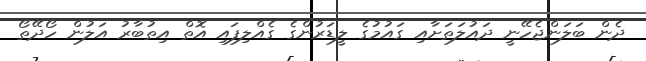
ދެން ބަލަންޖެހޭނީ ދައުލަތަށާއި ގައުމުގެ ލީޑަރުންގެ ގެއްލިފައި އޮތް އިތުބާރު އަލުން ހޯދޭތޯ